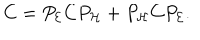
C = P _ { \cal E } C P _ { \cal H } + P _ { \cal H } C P _ { \cal E } .